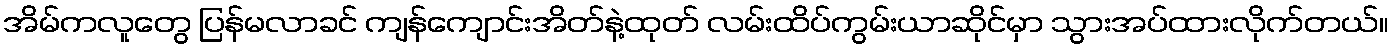
အိမ်ကလူတွေ ပြန်မလာခင် ကျန်ကျောင်းအိတ်နဲ့ထုတ် လမ်းထိပ်ကွမ်းယာဆိုင်မှာ သွားအပ်ထားလိုက်တယ်။